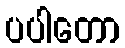
ပပါတော